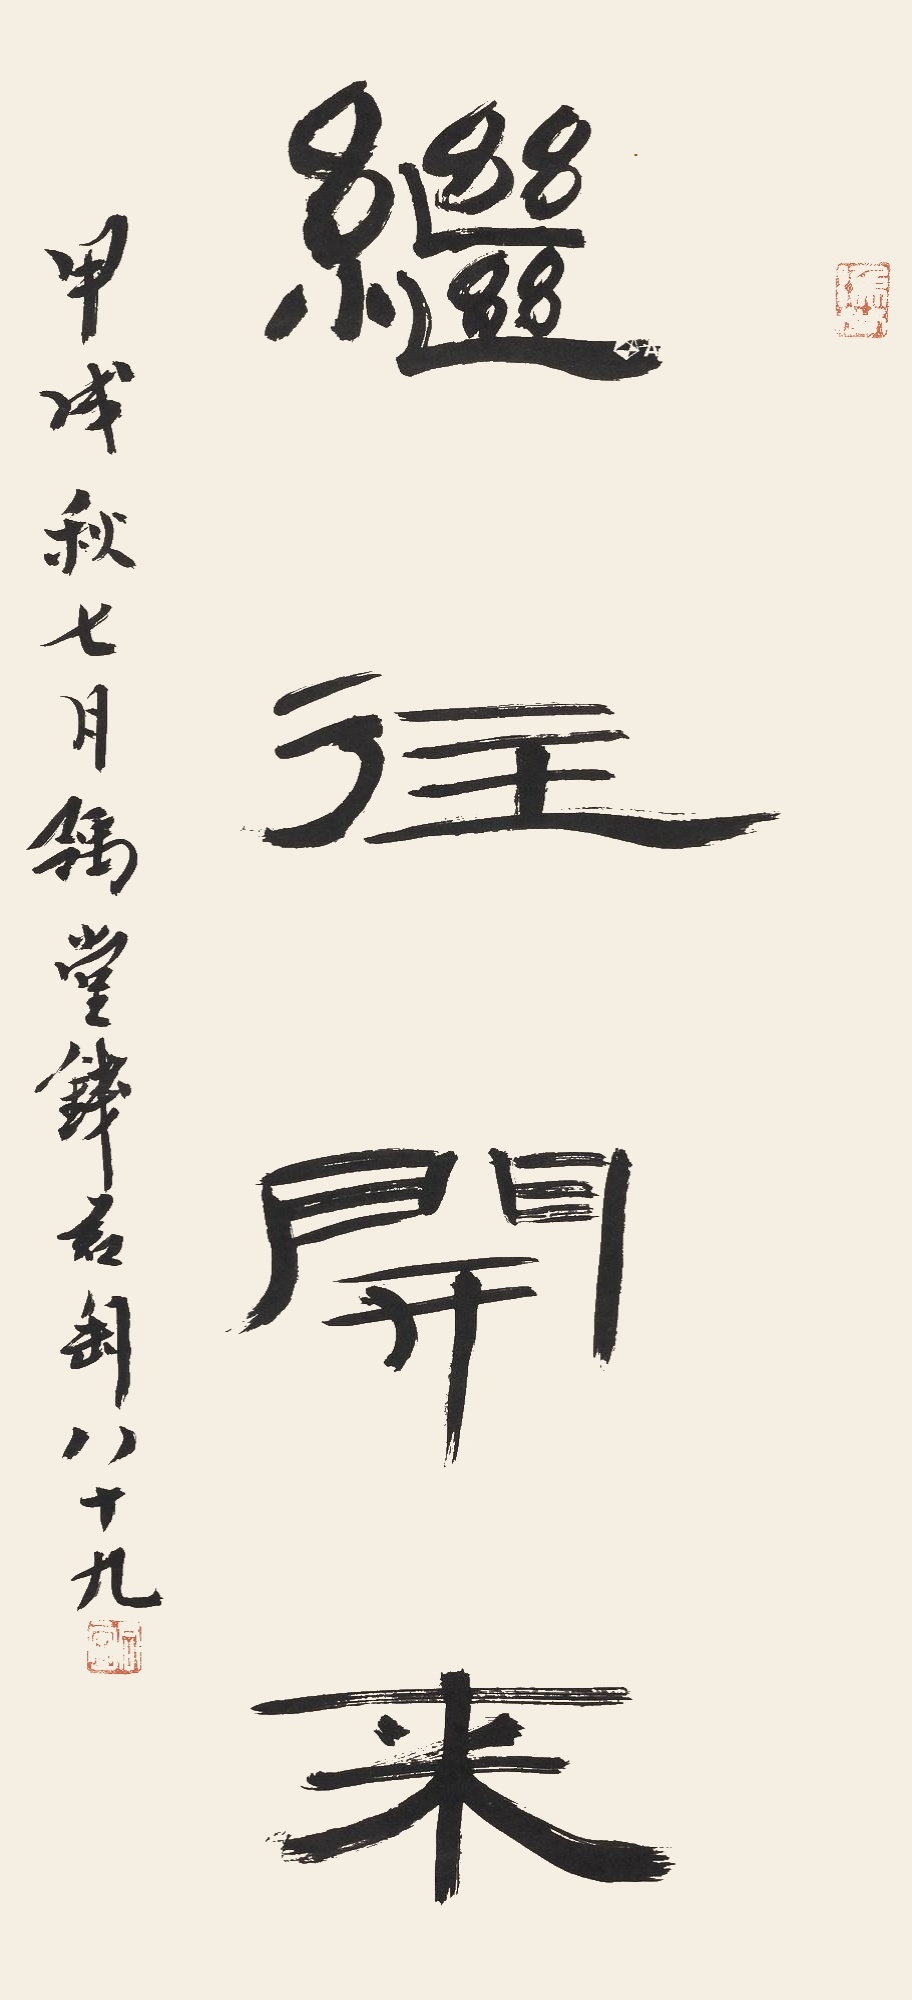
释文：继往开来甲戌秋七月豫堂钱君匋八十九。